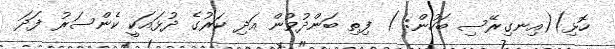
ހޮޅި)(އިނގިރޭސި ބަހުން: ) ފިތި ބަންދުވުން އަދި ކަރުގެ ދުޅައަކީ ކެންސަރު ފަދަ